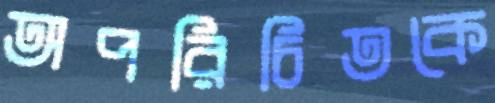
অপরিচিতকে